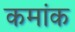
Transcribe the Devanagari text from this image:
कमांक